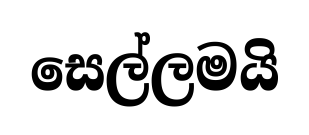
සෙල්ලමයි